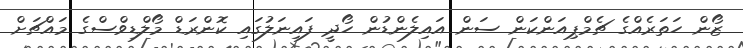
ޒޯން ހަތަރެއްގެ ޗެމްޕިއަންކަން ސަން އައިލެންޑުން ހޯދީ ފައިނަލުގައި ކޮންރަޑް މޯލްޑިވްސްގެ މައްޗަށް